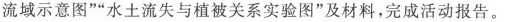
流域示意图””水土流失与植被关系实验图”及材料，完成活动报告。